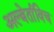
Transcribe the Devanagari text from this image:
अल्बेर्ताविच